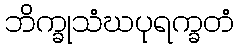
ဘိက္ခုသံဃပုရက္ခတံ